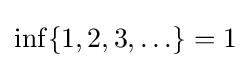
\inf\{1,2,3,\ldots \}=1